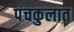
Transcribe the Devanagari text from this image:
पंचकुलात